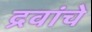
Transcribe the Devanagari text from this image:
द्रवांचे